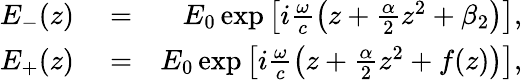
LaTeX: \begin{array}{rlr}{E_{-}(z)}&{{}=}&{E_{0}\exp\left[i\frac{\omega}{c}\left(z+\frac{\alpha}{2}z^{2}+\beta_{2}\right)\right],}\\ {E_{+}(z)}&{{}=}&{E_{0}\exp\left[i\frac{\omega}{c}\left(z+\frac{\alpha}{2}z^{2}+f(z)\right)\right],}\end{array}